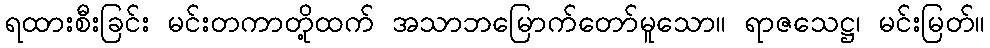
ရထားစီးခြင်း မင်းတကာတို့ထက် အသာဘမြောက်တော်မူသော။ ရာဇသေဋ္ဌ၊ မင်းမြတ်။